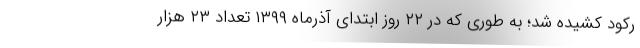
رکود کشیده شد؛ به طوری که در ۲۲ روز ابتدای آذرماه ۱۳۹۹ تعداد ۲۳ هزار